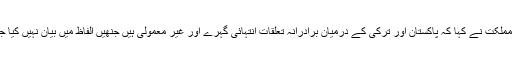
صدر مملکت نے کہا کہ پاکستان اور ترکی کے درمیان برادرانہ تعلقات انتہائی گہرے اور غیر معمولی ہیں جنھیں الفاظ میں بیان نہیں کیا جاسکتا۔